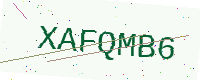
Text: XAFQMB6